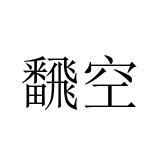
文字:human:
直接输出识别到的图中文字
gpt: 飜空